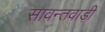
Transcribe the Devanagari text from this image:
सावन्तवाड़ी